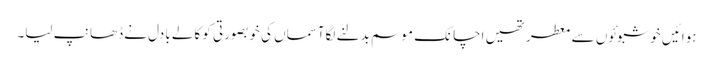
ہوائیں خوشبوئوں سے معطر تھیں اچانک موسم بدلنے لگاآسماں کی خوبصورتی کو کالے بادل نے ڈھانپ لیا۔